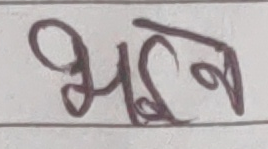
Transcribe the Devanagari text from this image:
भञ्जन